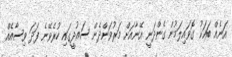
އަނެއް ބައަކު ގޮވައިލަމުން ގެންދަނީ އޭނާއަށް މަރުވަންދެން ސައުދީގައި ހުރެވޭނެ ފަދަ ވިސާއެއް